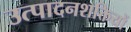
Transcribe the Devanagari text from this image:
उत्पादनशक्तियों